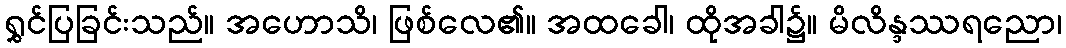
ရွှင်ပြခြင်းသည်။ အဟောသိ၊ ဖြစ်လေ၏။ အထခေါ၊ ထိုအခါ၌။ မိလိန္ဒဿရညော၊